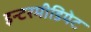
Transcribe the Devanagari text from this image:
इन्टरमीडियेट